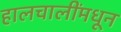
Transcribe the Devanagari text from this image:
हालचालींमधून